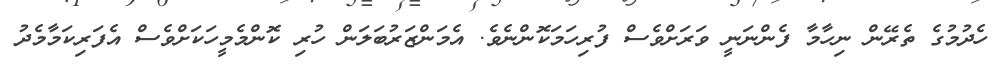
ހެދުމުގެ ތެރޭން ނިހާމާ ފެންނަނީ ވަރަށްވެސް ފުރިހަމަކޮންނެވެ. އެމަންޒަރުބަލަން ހުރި ކޮންމެމީހަކަށްވެސް އެފަރިކަމާމެދު